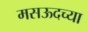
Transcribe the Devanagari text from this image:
मसऊदच्या